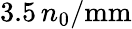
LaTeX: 3.5\, n_{\mathrm{0}}/\mathrm{mm}